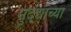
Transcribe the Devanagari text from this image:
मुद्द्याच्‍या